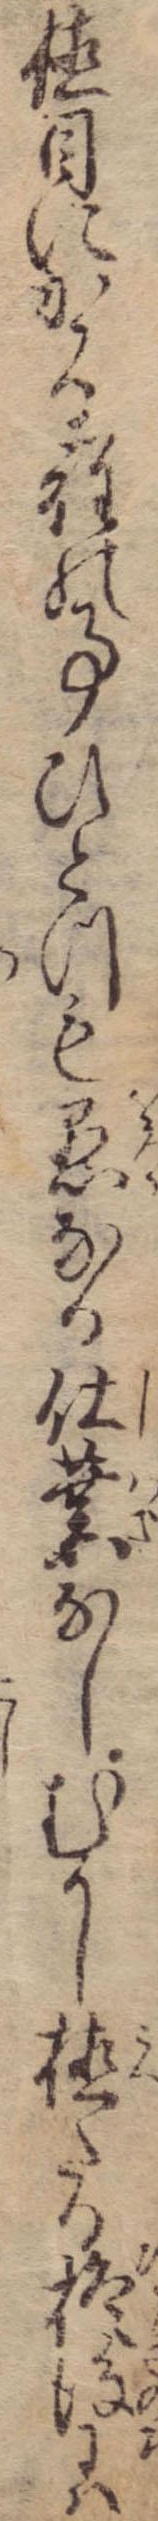
植目にかゝる程の事ひとつも愚なる仕業なしむかし植たる柊後には